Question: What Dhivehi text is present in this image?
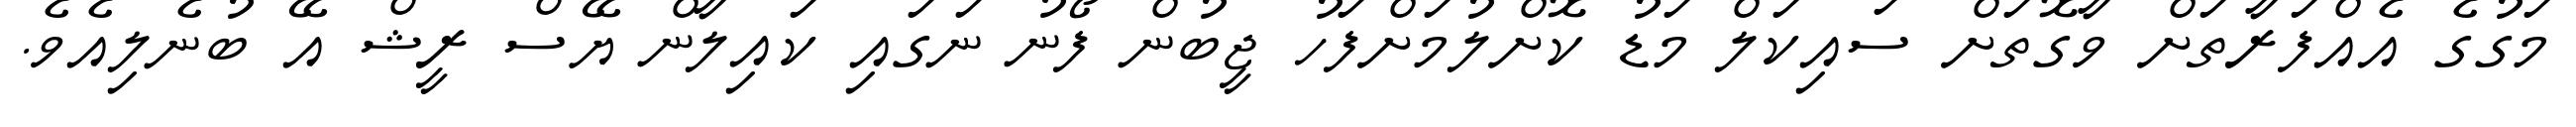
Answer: މަގުގެ އެއްފަރާތަށް ވާގޮތަށް ސައިކަލް މަޑު ކޮށްލުމަށްފަހު ޖީބުން ފޯނު ނަގައި ކައިލާން ޔޭސް ރީޝް އޭ ބުނެލިއެވެ.